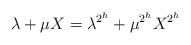
LaTeX: \begin{align*}\lambda+\mu X=\lambda^{2^h}+\mu^{2^h}X^{2^h}\end{align*}